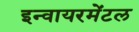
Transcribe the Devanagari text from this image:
इन्वायरमेंटल